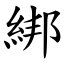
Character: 綁